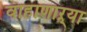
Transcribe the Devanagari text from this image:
वाहाणाऱ्या